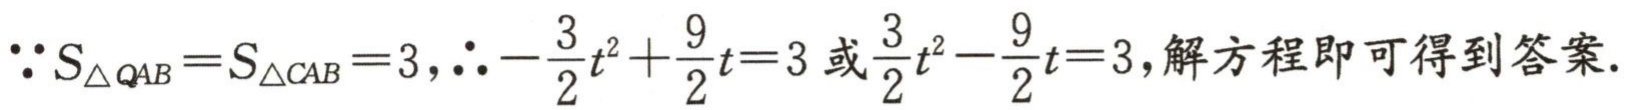
$\because S_{\triangle QAB}=S_{\triangle CAB}=3,\therefore -\frac {3}{2}t^{2}+\frac {9}{2}t = 3\text{或}\frac {3}{2}t^{2}-\frac {9}{2}t = 3,\text{解方程即可得到答案}.$